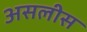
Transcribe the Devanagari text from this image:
असलीस